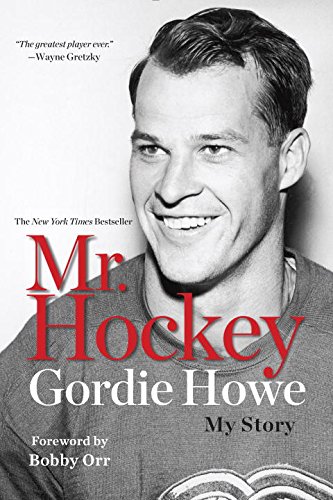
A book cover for Mr. Hockey: My Story; Gordie Howe; Biographies & Memoirs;